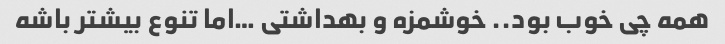
همه چی خوب بود.. خوشمزه و بهداشتی …اما تنوع بیشتر باشه